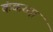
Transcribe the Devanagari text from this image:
कंकय्या